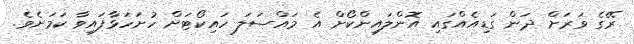
ރޭގެ ވަރަށް ދަން ގަޑިއެއްގައި އޮންލައިންކޯށް އެ މައްސަލަ ހައިކޯޓަށް ހުށަހަޅާފައިވާ ކަމަށެވެ.